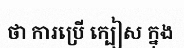
ថា ការប្រើ ក្បៀស ក្នុង